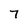
Character: 7